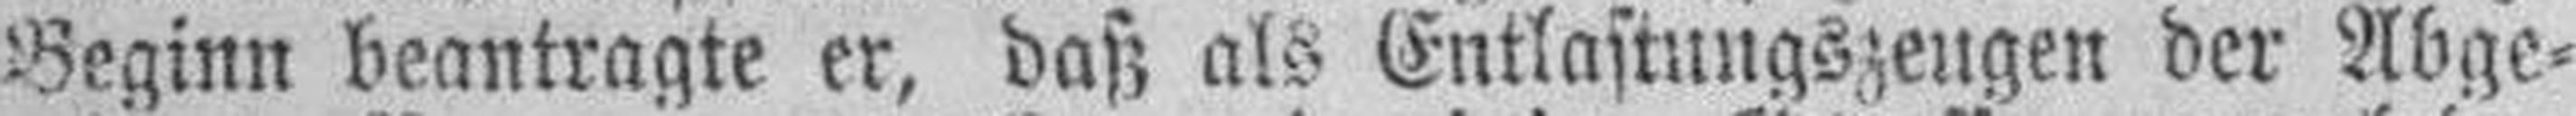
Beginn beantragte er, daß als Entlastungszeugen der Abge¬